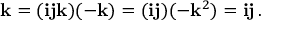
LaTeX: \mathbf { k } = ( \mathbf { i j k } ) ( - \mathbf { k } ) = ( \mathbf { i j } ) ( - \mathbf { k } ^ { 2 } ) = \mathbf { i j } \, .